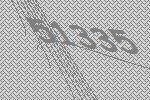
51335